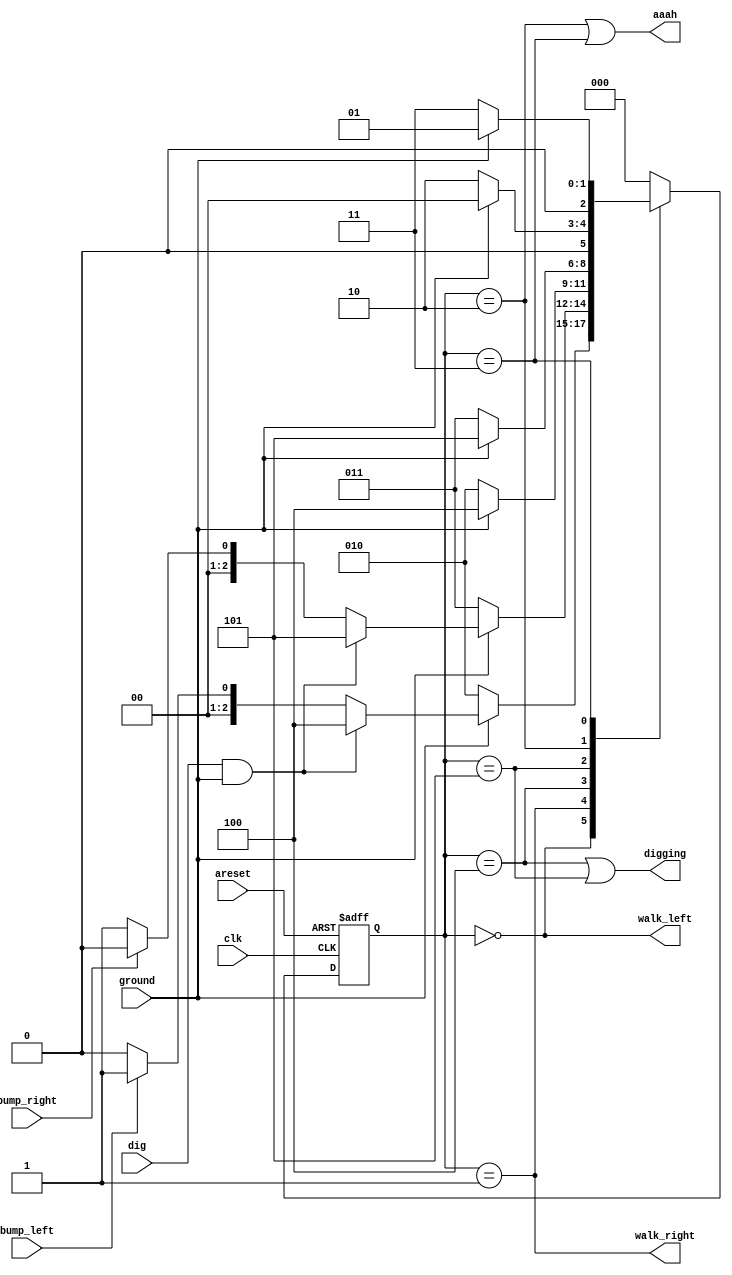
`timescale 1ns / 1ps
//////////////////////////////////////////////////////////////////////////////////
// Company: 
// Engineer: 
// 
// Design Name: 
// Module Name: des
// Project Name: 
// Target Devices: 
// Tool Versions: 
// Description: 
// 
// Dependencies: 
// 
// Revision:
// Revision 0.01 - File Created
// Additional Comments:
// 
//////////////////////////////////////////////////////////////////////////////////


module des(
    input clk,
    input areset,    // Freshly brainwashed Lemmings walk left.
    input bump_left,
    input bump_right,
    input ground,
    input dig,
    output walk_left,
    output walk_right,
    output aaah,
    output digging ); 
    
    parameter LEFT = 3'b000, RIGHT = 3'b001, FALL_L = 3'b010, FALL_R = 3'b011, DIG_L = 3'b100, DIG_R = 3'b101;

    reg [2:0]  state = 3'b110, next_state = 3'b111;

    always @(*) begin
        state <= next_state;
    end

    always @(posedge clk or posedge areset) begin
        begin
            if(areset)
                next_state <= LEFT;
            else
                case (state)
                    LEFT : begin
                        if(!ground)
                            next_state <= FALL_L;
                        else if(dig & ground)
                            next_state <= DIG_L;
                        else if(bump_left)
                            next_state <= RIGHT;
                        else
                            next_state <= LEFT;
                    end

                    RIGHT : begin
                        if(!ground)
                            next_state <= FALL_R;
                        else if(dig & ground)
                            next_state <= DIG_R;
                        else if(bump_right)
                            next_state <= LEFT;
                        else 
                            next_state <= RIGHT;
                    end

                    DIG_L : begin
                        if(!ground)
                            next_state <= FALL_L;
                        else
                            next_state <= DIG_L;
                    end

                    DIG_R : begin
                        if(!ground)
                            next_state <= FALL_R;
                        else
                            next_state <= DIG_R;
                    end

                    FALL_L : begin
                        if(ground)
                            next_state <= LEFT;
                        else 
                            next_state <= FALL_L;
                    end

                    FALL_R : begin
                        if(ground)
                            next_state <= RIGHT;
                        else 
                            next_state <= FALL_R;
                    end

                    default: 
                        next_state <= LEFT;
                endcase
                
        end
    end

    assign aaah = ((state == FALL_L) | (state == FALL_R));
    assign digging = ((state == DIG_L) | (state == DIG_R));
    assign walk_left = (state == LEFT);
    assign walk_right = (state == RIGHT);

endmodule